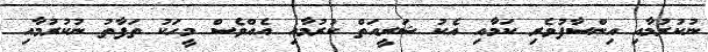
ނުކުރުމާއި އިންސާފުވެރި ކަމާއި އެކު ޝަރީއަތް ކުރުމާއި އެއްވެސް މީހަކު ތަފާތު ނުކުރުމާއި